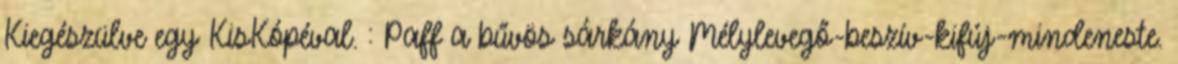
Kiegészülve egy KisKópéval. : Paff a bűvös sárkány Mélylevegő-beszív-kifúj-mindeneste.